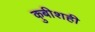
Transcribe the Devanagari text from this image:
कुबीशही